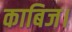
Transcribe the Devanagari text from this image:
काबिज।